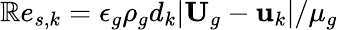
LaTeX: \mathbb{R}e_{s,k}={\epsilon_{g}\rho_{g}d_{k}|\textbf{{U}}_{g}-\textbf{{u}}_{k}|}/{\mu_{g}}